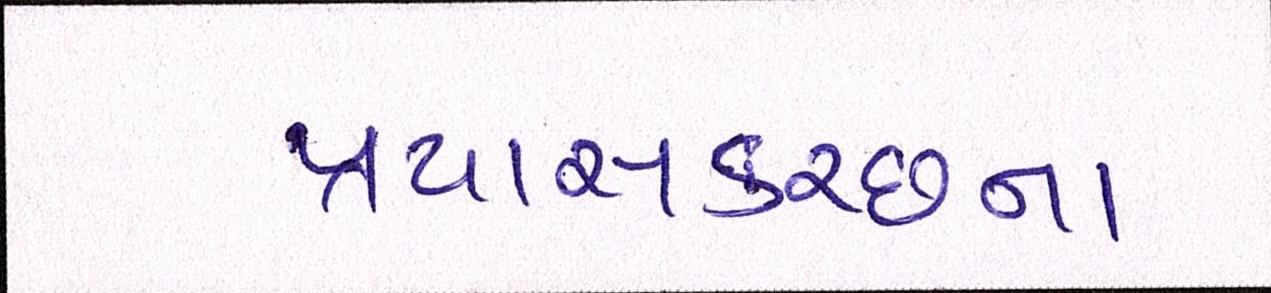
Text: પ્રયાસકચ્છના